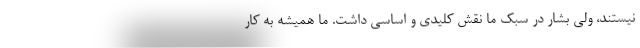
نیستند، ولی بشار در سبک ما نقش کلیدی و اساسی داشت. ما همیشه به کار